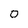
Character: O